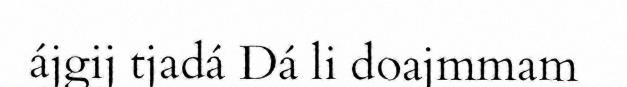
ájgij tjadá Dá li doajmmam